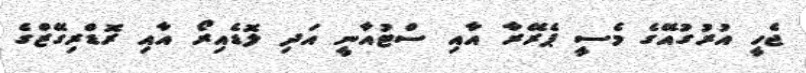
ޖެހީ އުރުގުއޭގެ މެސީ ޕެރޭރާ އާއި ސްޓުއާނީ އަދި ލޮޑެއިރޯ އާއި ރޮޑްރިގޭޒްގެ